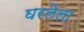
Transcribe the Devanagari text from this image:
घरलेला